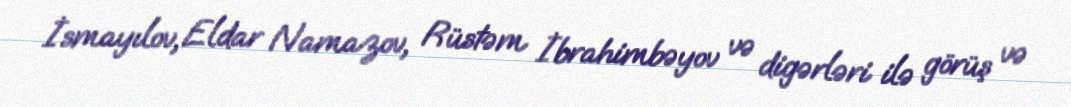
İsmayılov, Eldar Namazov, Rüstəm İbrahimbəyov və digərləri ilə görüş və